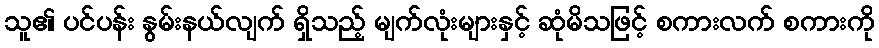
သူ၏ ပင်ပန်း နွမ်းနယ်လျက် ရှိသည့် မျက်လုံးများနှင့် ဆုံမိသဖြင့် စကားလက် စကားကို